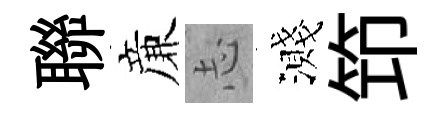
聯亷𢖽濺笻